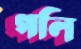
গলি